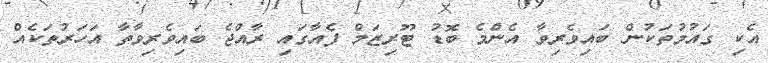
އެކި ގައުމުތަކުން ބައިވެރިވާ އެންމެ ބޮޑު ޓޫރިޒަމް ފެއާގައި ރާއްޖެ ބައިވެރިވާތާ އަހަރުތަކެއް